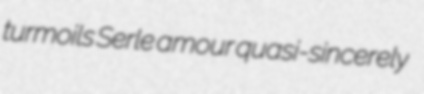
turmoils Serle amour quasi-sincerely